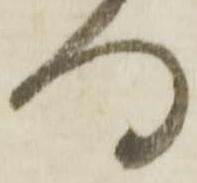
何